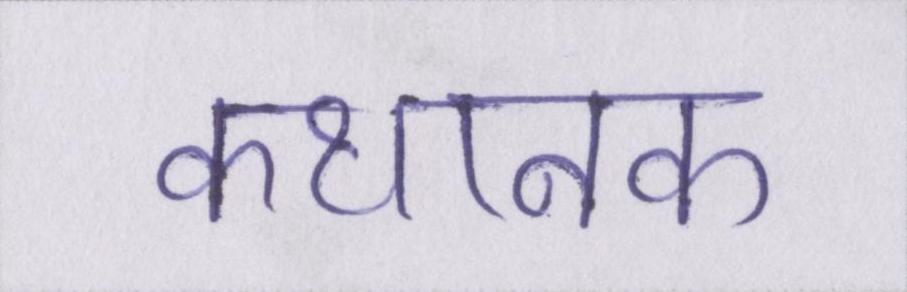
कथानक